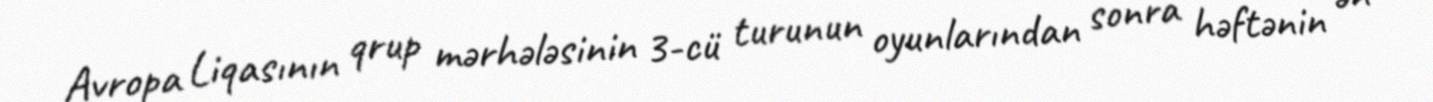
Avropa Liqasının qrup mərhələsinin 3-cü turunun oyunlarından sonra həftənin ən